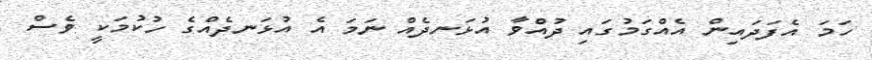
ހަމަ އެފަދައިން އެއްގަމުގައި ދުއްވާ އުޅަނދެއް ނަމަ އެ އުޅަނދެއްގެ ހުކުމަކީ ވެސް